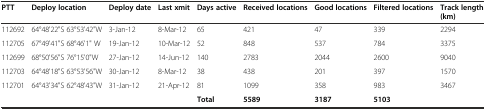
<table><thead><tr><td><b>PTT</b></td><td><b>Deploy location</b></td><td><b>Deploy date</b></td><td><b>Last xmit</b></td><td><b>Days active</b></td><td><b>Received locations</b></td><td><b>Good locations</b></td><td><b>Filtered locations</b></td><td><b>Track length (km)</b></td></tr></thead><tbody><tr><td>112692</td><td>64°48&#x27;22&quot;S 63°53&#x27;42&quot;W</td><td>3-Jan-12</td><td>8-Mar-12</td><td>65</td><td>421</td><td>47</td><td>339</td><td>2294</td></tr><tr><td>112705</td><td>67°49&#x27;41&quot;S 68°46&#x27;1&quot; W</td><td>19-Jan-12</td><td>10-Mar-12</td><td>52</td><td>848</td><td>537</td><td>784</td><td>3375</td></tr><tr><td>112699</td><td>68°50&#x27;56&quot;S 76°15&#x27;0&quot;W</td><td>27-Jan-12</td><td>14-Jun-12</td><td>140</td><td>2783</td><td>2044</td><td>2600</td><td>9040</td></tr><tr><td>112703</td><td>64°48&#x27;18&quot;S 63°53&#x27;56&quot;W</td><td>30-Jan-12</td><td>8-Mar-12</td><td>38</td><td>438</td><td>201</td><td>397</td><td>1570</td></tr><tr><td>112701</td><td>64°43&#x27;34&quot;S 62°48&#x27;43&quot;W</td><td>31-Jan-12</td><td>21-Apr-12</td><td>81</td><td>1099</td><td>358</td><td>983</td><td>3467</td></tr><tr><td></td><td></td><td></td><td></td><td><b>Total</b></td><td><b>5589</b></td><td><b>3187</b></td><td><b>5103</b></td><td></td></tr></tbody></table>